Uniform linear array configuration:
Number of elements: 12
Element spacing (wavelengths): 0.5
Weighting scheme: kaiser
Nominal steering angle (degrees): -30
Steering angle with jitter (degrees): -30.711
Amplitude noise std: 0.05
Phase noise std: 0.05

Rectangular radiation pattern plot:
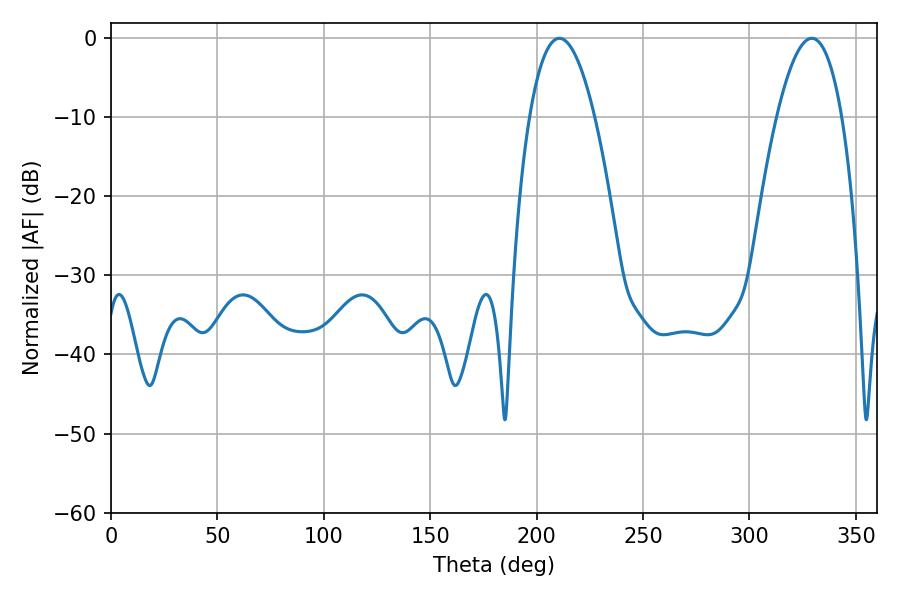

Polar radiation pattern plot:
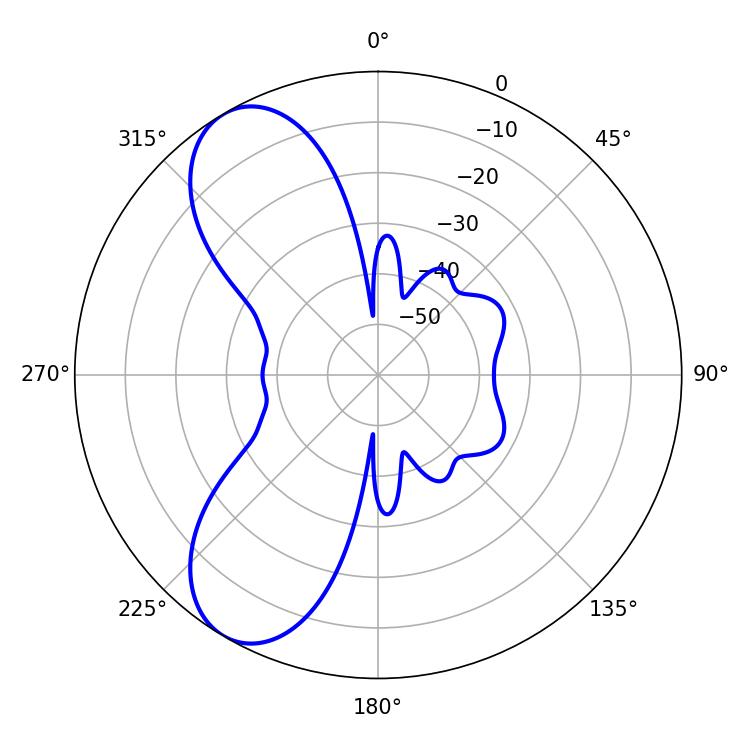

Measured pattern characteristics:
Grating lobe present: FALSE
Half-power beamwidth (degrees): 16.92
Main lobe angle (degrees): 210.78